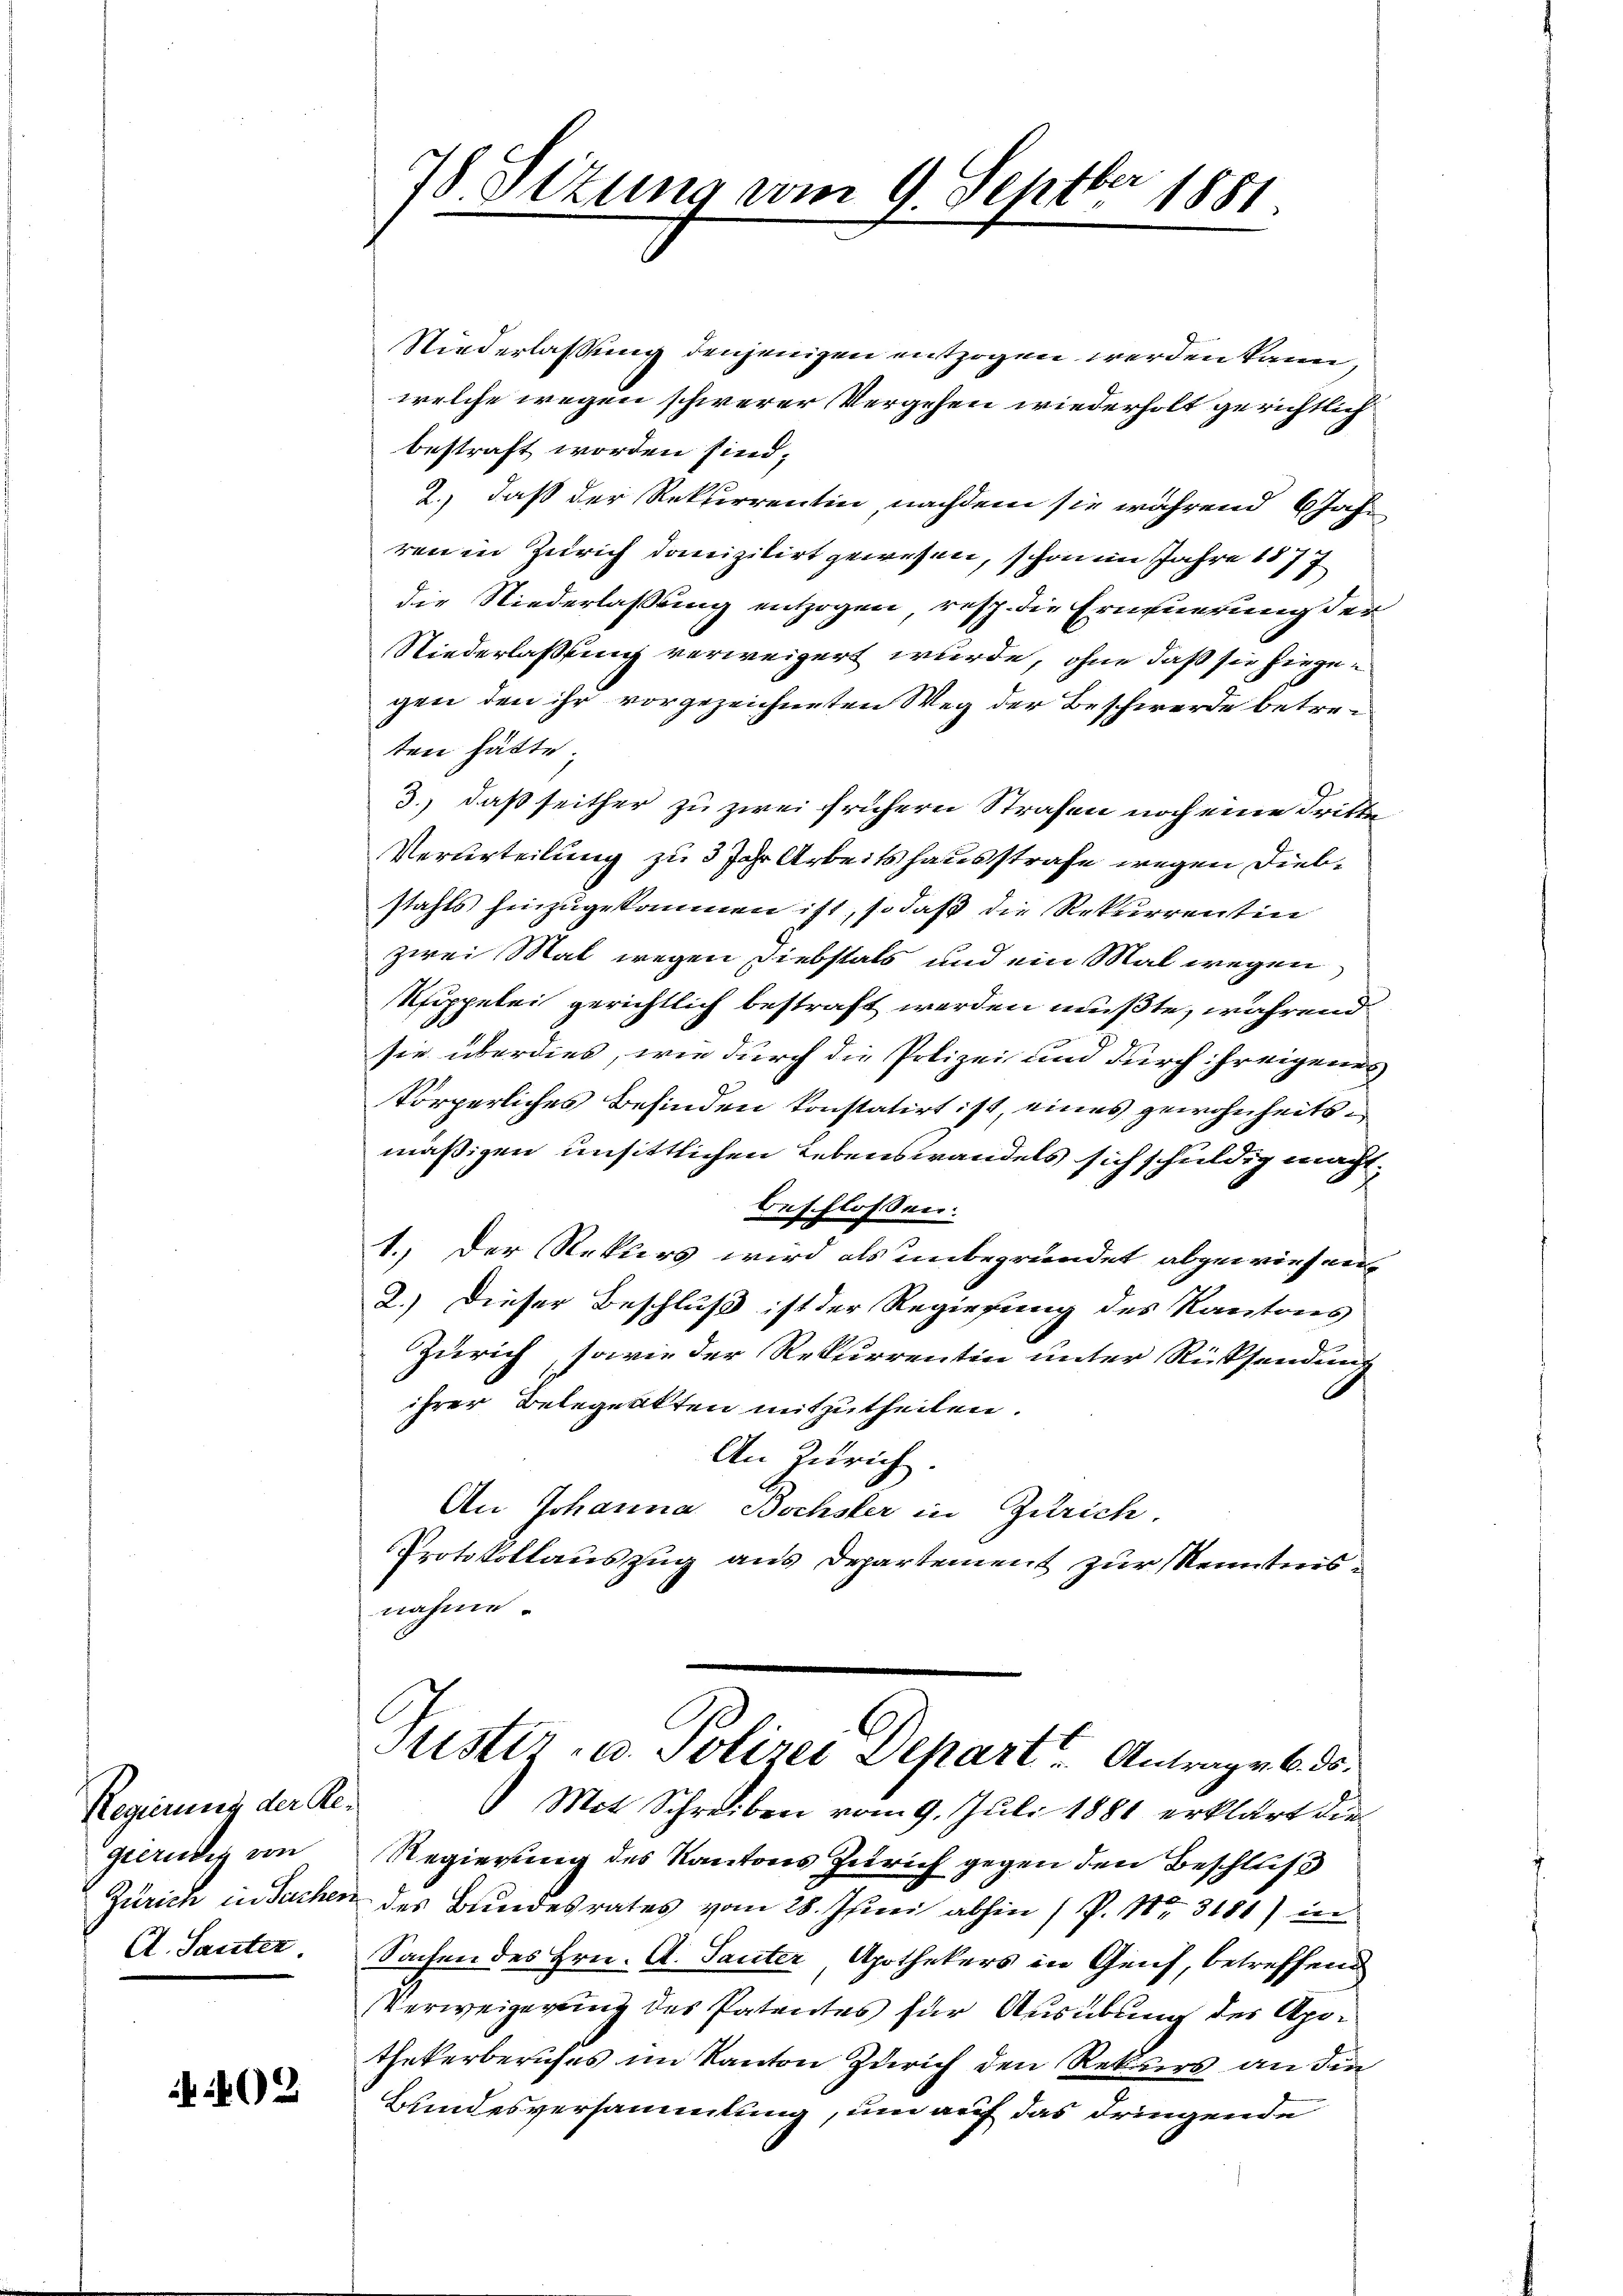
Regierung der Regierung von
C. Sauter

402

78. Setung vom 9. Septbr 1881.

Niederlassung denjenigen entzogen werden kann,
welche wegen schwerer Vergehen wiederholt gerichtlich
bestraft worden sind,
2., daß der Rekurrentin, nachdem sie während 6 Jahr
ren in Zürich danizilirt gewesen, schon im Jahre 1877
die Niederlaßung entzogen, resp. die Erneuerung der
Niederlaßung verweigert wurde, ohne daß sie hiegegen den ihr vorgezeichneten Weg der Beschwerde betreten hätte.
3., daß seither zu zwei frühern Strafen noch eine dritten
Verurteilung zu 3 Jahr Arbeitshausstrafe wegen Diebstahls hinzugekommen ist, so daß die Rekurrentin
zwei Mal wegen Diebstals und ein Mal wegen
Rippelei gerichtlich bestraft werden mußte, während
sie überdies, wie durch die Polizei und durch freigenes
körperliches Befinden konstatirt ist, eines gewohnheitsmäßigen unsittlichen Lebenswandels sich schuldig macht.
beschlossen:
1. Der Rekurs wird als unbegründet abgewiesen.
2.) Dieser Beschluß ist der Regierung des Kantons
Zürich, sowie der Rekurrentin unter Rücksendung
ihrer Belegensten mitzutheilen.
An Zürich.
An Johanna Bochsler in Zürich
Protokollauszug aus Departement zur Kenntnisnahme.
Frister- u. Polizei Dehart Antragen 6. ds.
Mit Schreiben vom 9. Juli 1881 erklärt die
Regierung des Kantons Zürich gegen den Beschluß
Zürich in Sachen des Bundesrates vom 28. Juni abhin (P. Nr. 3181) in
Sachen des Hrn. A. Sauter, Apothekers in Genf, betreffend
Verweigerung des Patentes für Ausübung der Apothekerberufes im Kanton Zürich den Rekurs an die
Bundesversammlung, um auf das dringende